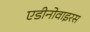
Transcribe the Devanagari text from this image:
एडीनोवाइरस